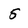
Character: 5